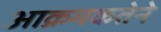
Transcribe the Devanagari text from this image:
आक्रमकतेने